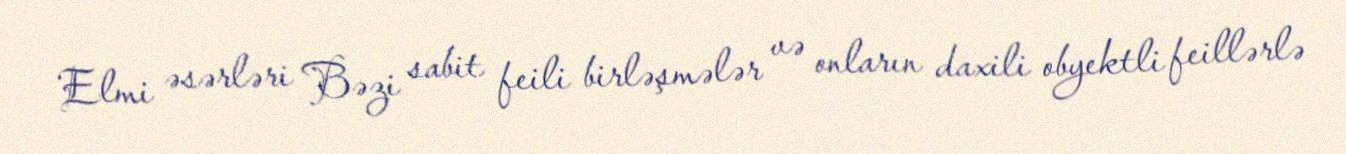
Elmi əsərləri Bəzi sabit feili birləşmələr və onların daxili obyektli feillərlə